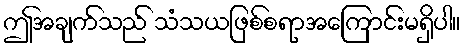
ဤအချက်သည် သံသယဖြစ်စရာအကြောင်းမရှိပါ။